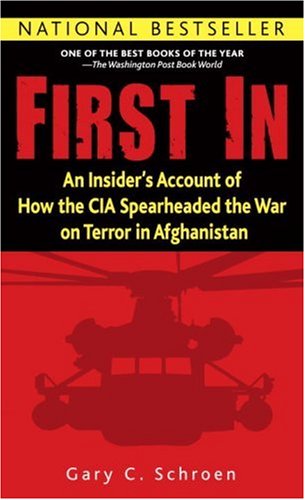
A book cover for First In: An Insider's Account of How the CIA Spearheaded the War on Terror in Afghanistan; Gary Schroen; History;